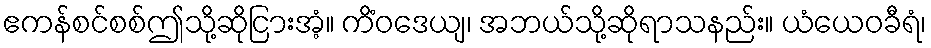
ဧကန်စင်စစ်ဤသို့ဆိုငြားအံ့။ ကိံဝဒေယျ၊ အဘယ်သို့ဆိုရာသနည်း။ ယံယေဝခီရံ၊